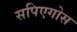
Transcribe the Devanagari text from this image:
सपिएगोस